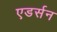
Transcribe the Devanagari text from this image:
एडर्सन